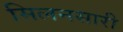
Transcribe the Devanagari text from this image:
मिलनसारी